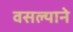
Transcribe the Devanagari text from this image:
वसल्याने